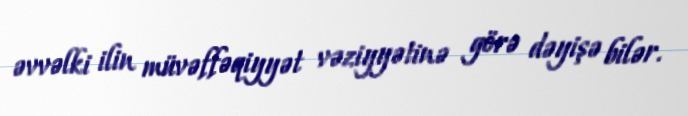
əvvəlki ilin müvəffəqiyyət vəziyyətinə görə dəyişə bilər.